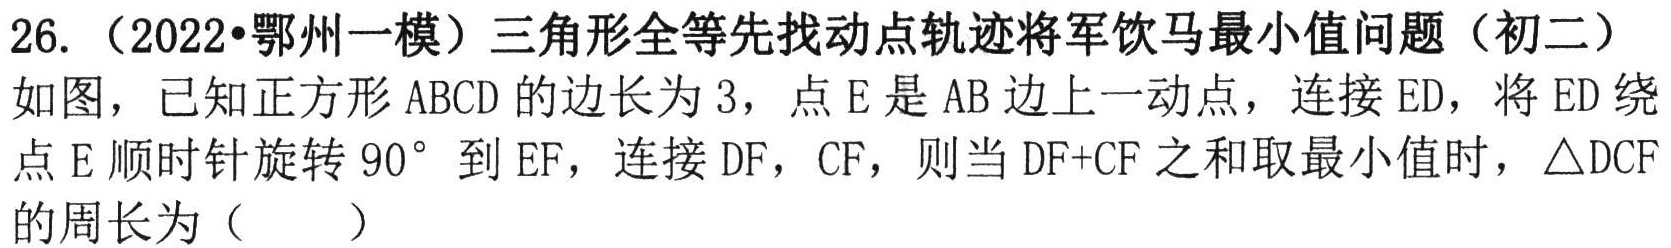
26.（2022·鄂州一模）三角形全等先找动点轨迹将军饮马最小值问题（初二）
如图，已知正方形 \(ABCD\) 的边长为 \(3\)，点 \(E\) 是 \(AB\) 边上一动点，连接 \(ED\)，将 \(ED\) 绕点 \(E\) 顺时针旋转 \(90^{\circ}\) 到 \(EF\)，连接 \(DF\)，\(CF\)，则当 \(DF + CF\) 之和取最小值时，\(\triangle DCF\)的周长为（  ）